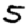
Digit: 5